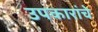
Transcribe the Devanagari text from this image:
उपकारांचे